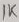
Text: 1K